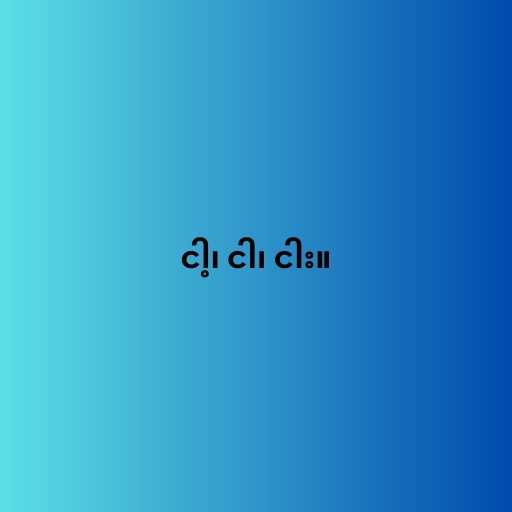
ငါ့၊ ငါ၊ ငါး။